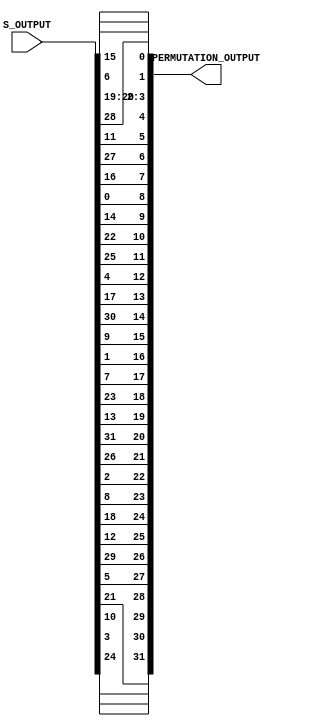

`timescale 1ns / 1ps
//////////////////////////////////////////////////////////////////////////////////
// Company:       RAJESH GLOBAL SOLUTION(RGS
// 
// Design Name:    DES
// Module Name:    Permuatation 
// Project Name:   DATA ENCRYPTION STANDARD(DES)
// Target Devices: SPARTAN-3(XC3S400)
// Tool versions:  XILINX 9.1I
// Description:    THIS BLOCK PERFORMS PERMUTATION ON 32 BIT INPUT WHICH COMES FROM Sbox_Output
//                 AND GENERATES 32 BIT OUTPUT. 
//
// Dependencies:   Sbox_Output
//
// Revision: 
// Revision 0.01 - File Created
// Additional Comments: 
//
//////////////////////////////////////////////////////////////////////////////////
module Permutation(S_OUTPUT, PERMUTATION_OUTPUT);

 input   [32 : 1] S_OUTPUT;
 
 output  [32 : 1] PERMUTATION_OUTPUT;
 
 wire    [32 : 1] S_OUTPUT;
 
 reg     [32 : 1] PERMUTATION_OUTPUT;
 
 always @ (S_OUTPUT)
 
   begin
	
	  PERMUTATION_OUTPUT[1]  <= S_OUTPUT[16];
	  PERMUTATION_OUTPUT[2]  <= S_OUTPUT[7];
	  PERMUTATION_OUTPUT[3]  <= S_OUTPUT[20];
	  PERMUTATION_OUTPUT[4]  <= S_OUTPUT[21];
	  PERMUTATION_OUTPUT[5]  <= S_OUTPUT[29];
	  PERMUTATION_OUTPUT[6]  <= S_OUTPUT[12];
	  PERMUTATION_OUTPUT[7]  <= S_OUTPUT[28];
	  PERMUTATION_OUTPUT[8]  <= S_OUTPUT[17];
	  PERMUTATION_OUTPUT[9]  <= S_OUTPUT[1];
	  PERMUTATION_OUTPUT[10] <= S_OUTPUT[15];
	  PERMUTATION_OUTPUT[11] <= S_OUTPUT[23];
	  PERMUTATION_OUTPUT[12] <= S_OUTPUT[26];
	  PERMUTATION_OUTPUT[13] <= S_OUTPUT[5];
	  PERMUTATION_OUTPUT[14] <= S_OUTPUT[18];
	  PERMUTATION_OUTPUT[15] <= S_OUTPUT[31];
	  PERMUTATION_OUTPUT[16] <= S_OUTPUT[10];
	  PERMUTATION_OUTPUT[17] <= S_OUTPUT[2];
	  PERMUTATION_OUTPUT[18] <= S_OUTPUT[8];
	  PERMUTATION_OUTPUT[19] <= S_OUTPUT[24];
	  PERMUTATION_OUTPUT[20] <= S_OUTPUT[14];
	  PERMUTATION_OUTPUT[21] <= S_OUTPUT[32];
	  PERMUTATION_OUTPUT[22] <= S_OUTPUT[27];
	  PERMUTATION_OUTPUT[23] <= S_OUTPUT[3];
	  PERMUTATION_OUTPUT[24] <= S_OUTPUT[9];
	  PERMUTATION_OUTPUT[25] <= S_OUTPUT[19];
	  PERMUTATION_OUTPUT[26] <= S_OUTPUT[13];
	  PERMUTATION_OUTPUT[27] <= S_OUTPUT[30];
	  PERMUTATION_OUTPUT[28] <= S_OUTPUT[6];
	  PERMUTATION_OUTPUT[29] <= S_OUTPUT[22];
	  PERMUTATION_OUTPUT[30] <= S_OUTPUT[11];
	  PERMUTATION_OUTPUT[31] <= S_OUTPUT[4];
	  PERMUTATION_OUTPUT[32] <= S_OUTPUT[25];
	  
   end
	
endmodule